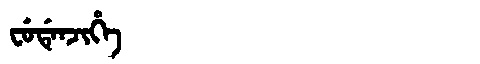
Manchu: ᠸᡠᡩᡝᠨᠵᡳᡥᡝ
Romanization: FUDENJIHE